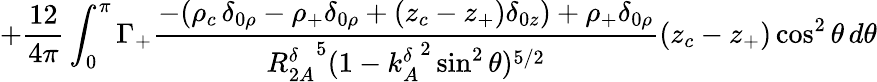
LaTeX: +\frac{12}{4\pi}\int_{0}^{\pi}\Gamma_{+}\frac{-(\rho_{c}\, \delta_{0\rho}-\rho_{+}\delta_{0\rho}+(z_{c}-z_{+})\delta_{0z})+\rho_{+}\delta_{0\rho}}{{R_{2A}^{\delta}}^{5}(1-{k_{A}^{\delta}}^{2}\sin^{2}\theta)^{5/2}}(z_{c}-z_{+})\cos^{2}\theta\, d\theta